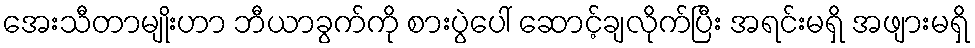
အေးသီတာမျိုးဟာ ဘီယာခွက်ကို စားပွဲပေါ် ဆောင့်ချလိုက်ပြီး အရင်းမရှိ အဖျားမရှိ